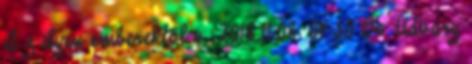
A z ilyen emberektől v. 2018.11.08. 04:50 Dr. Udvary